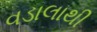
વડાલાથી